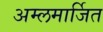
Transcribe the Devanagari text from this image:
अम्लमार्जित